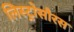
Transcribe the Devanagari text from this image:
लिस्ट्रोसौरस